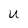
Character: U